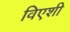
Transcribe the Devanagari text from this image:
विएशी